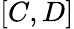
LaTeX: [C,D]